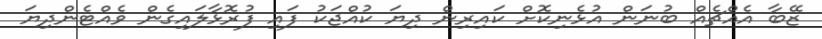
ޒޭބާ އެއްޗެއް ބުނަން އުޅެނިކޮށް ކައިރިން ދިޔަ ކުއްޖަކު ފައި ފުރޮޅާލައިގެން ވެއްޓެންދިޔަ